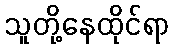
သူတို့နေထိုင်ရာ